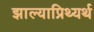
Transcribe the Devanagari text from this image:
झाल्याप्रिथ्यर्थ